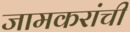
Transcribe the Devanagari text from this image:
जामकरांची